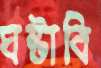
ঘষ্‌টাবি